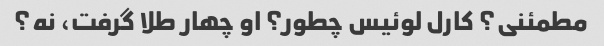
مطمئنی؟ کارل لوئیس چطور؟ او چهار طلا گرفت، نه؟